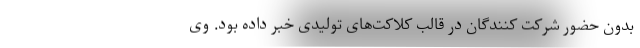
بدون حضور شرکت کنندگان در قالب کلاکت‌های تولیدی خبر داده بود. وی